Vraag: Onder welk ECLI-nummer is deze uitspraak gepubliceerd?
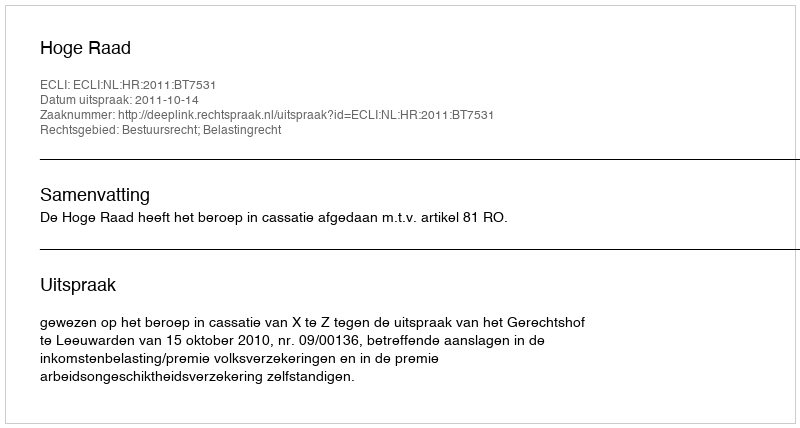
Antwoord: ECLI:NL:HR:2011:BT7531